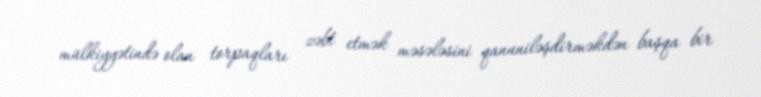
mülkiyyətində olan torpaqları zəbt etmək məsələsini qanuniləşdirməkdən başqa bir